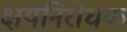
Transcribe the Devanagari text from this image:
क्षयनिरोधक